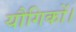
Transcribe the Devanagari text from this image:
यौगिकों।